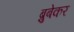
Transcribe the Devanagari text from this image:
ब्रुबेकर